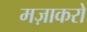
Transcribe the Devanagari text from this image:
मज़ाकरों